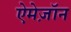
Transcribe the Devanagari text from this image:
ऐमेज़ॉन